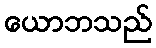
ယောဘသည်